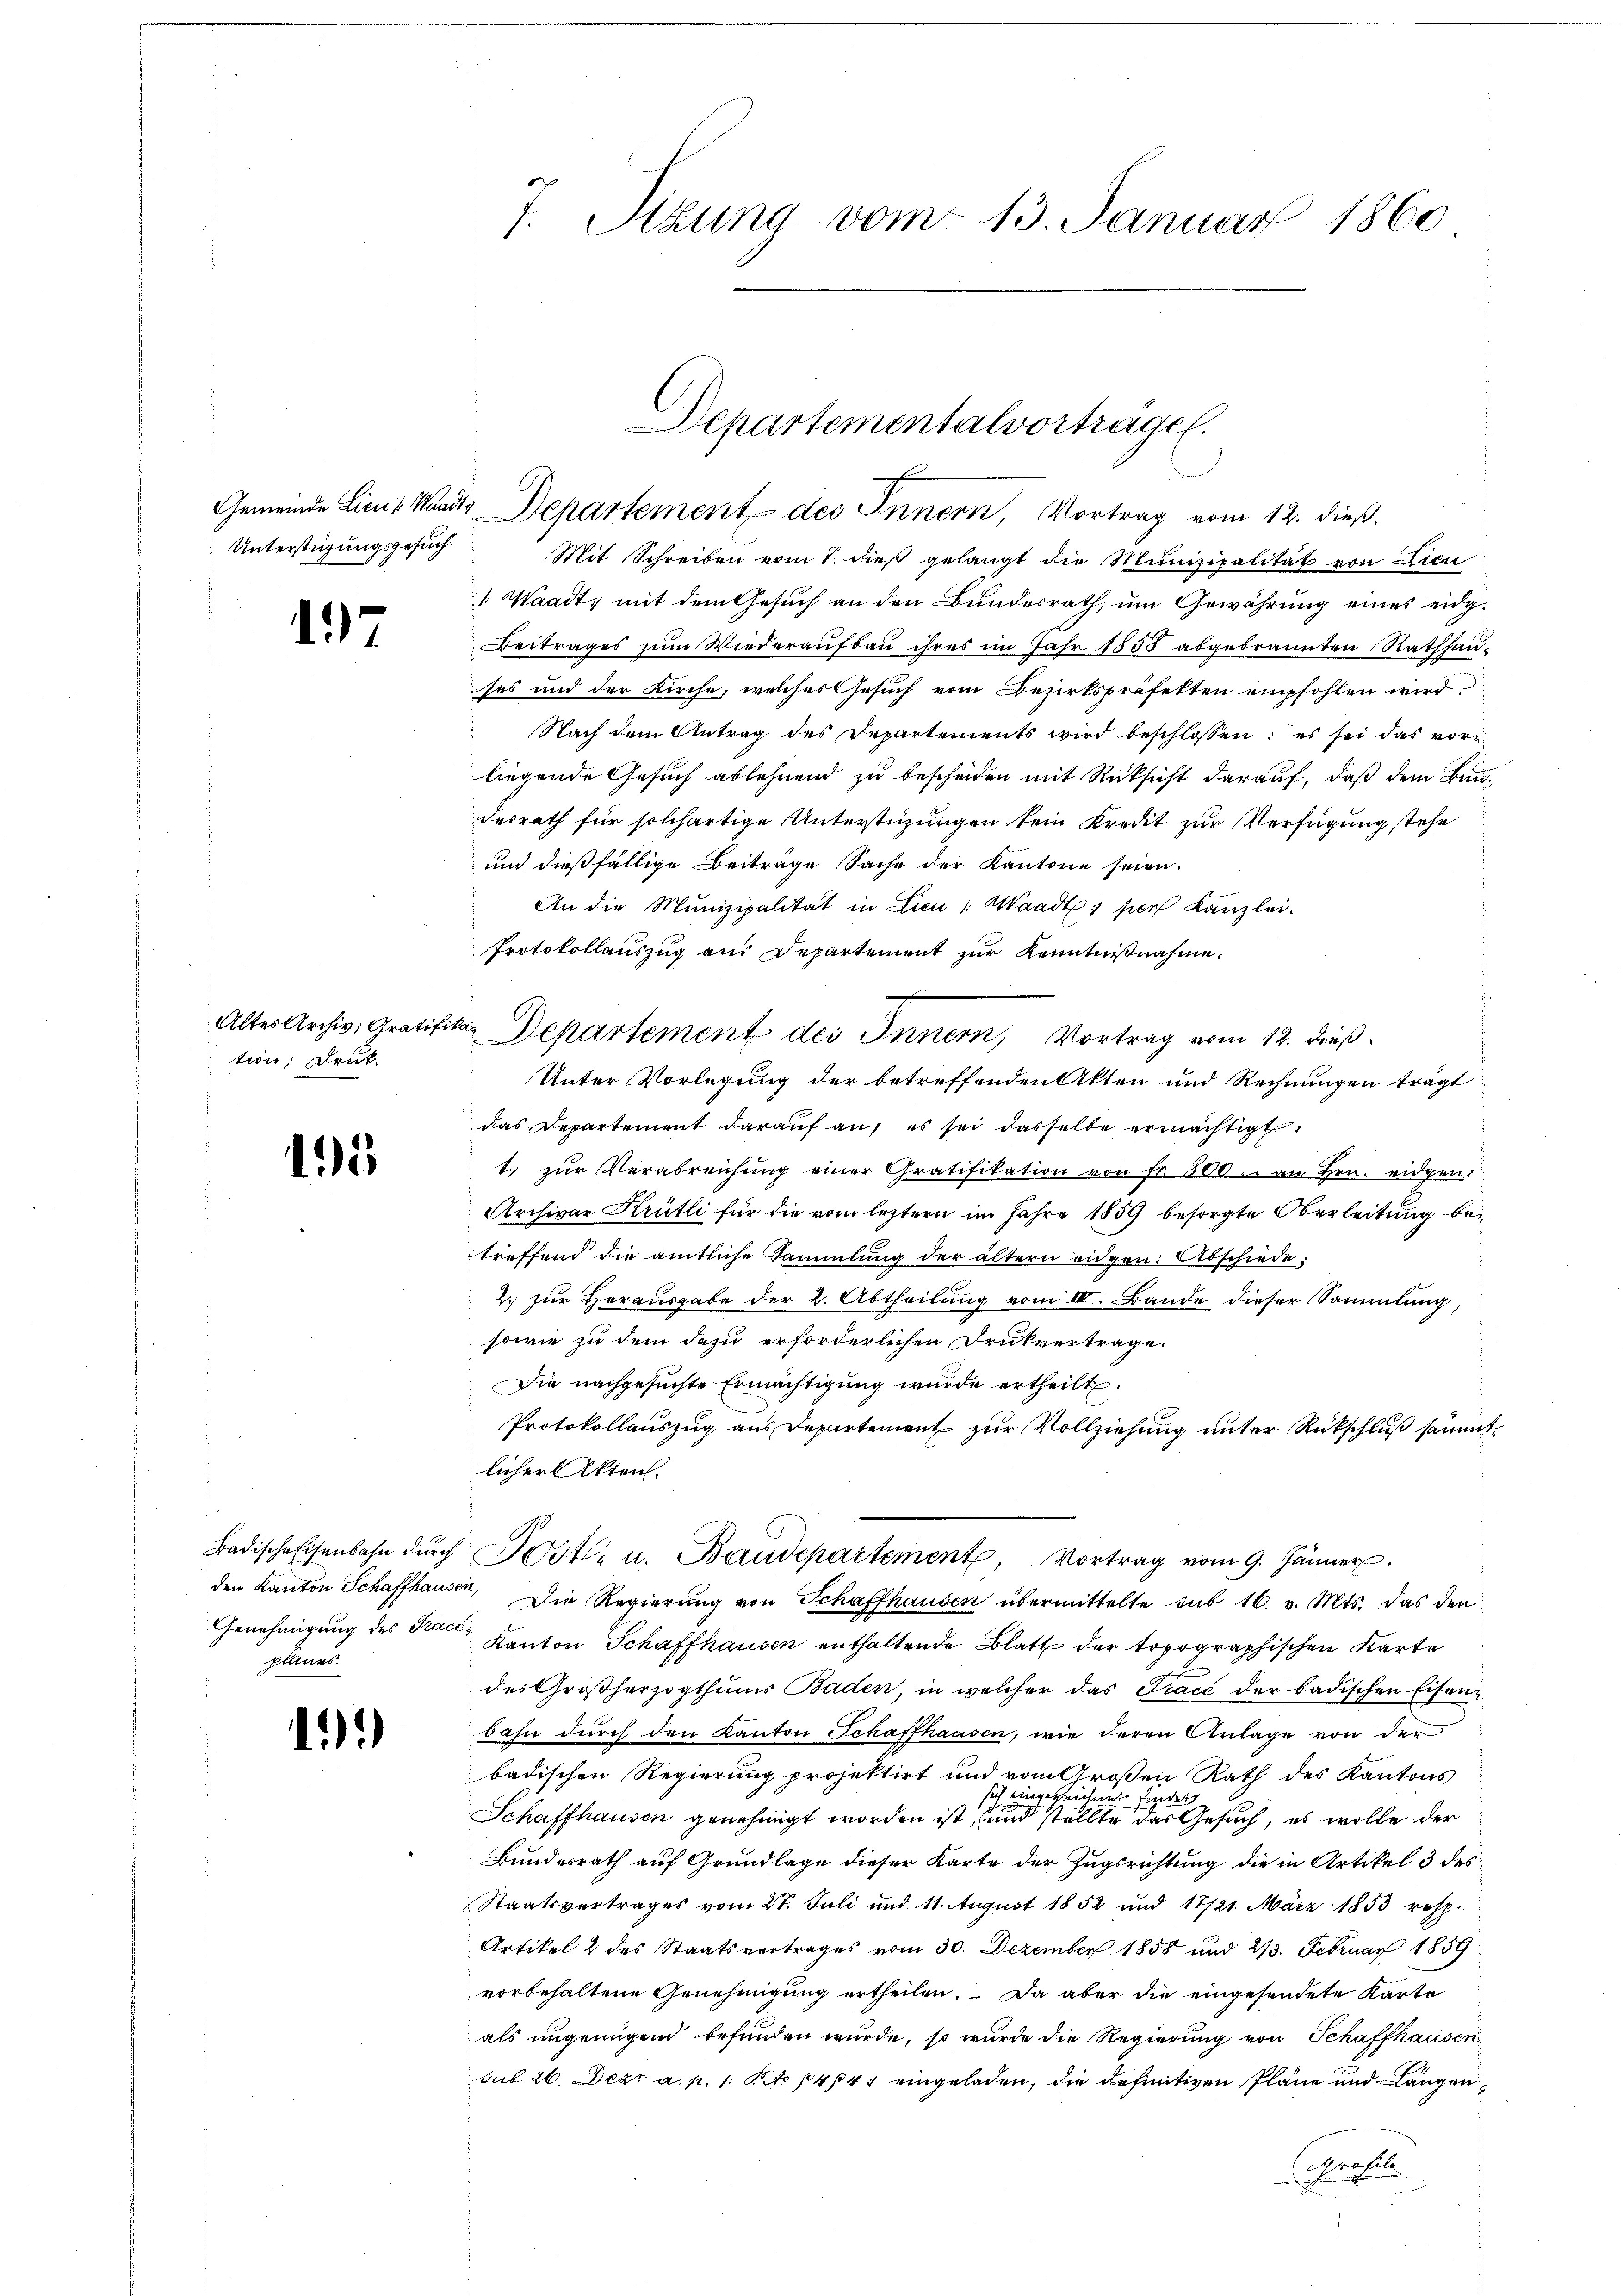
Unterstüzungsgesuch.

197

tion, Deut

195

planes.

1

7. Sizung vom 13. Januar 1860

Gemeinde Lieu, Waadt Departement des Innern, Vortrag vom 12. dieß.
Mit Schreiben vom 7. dieß gelangt die Munizipalität von Lieu
 Waadt, mit dem Gesuch an den Bundesrath, um Gewährung eines eidg¬
Beitrages zum Wiederaufbau ihres im Jahr 1858 abgebrannten Rathhauses und der Kirche, welches Gesuch vom Bezirkspräfekten empfohlen wird.
Nach dem Antrag des Departements wird beschlossen: es sei das vor
liegende Gesuch ablehnend zu bescheiden mit Rücksicht darauf, daß dem Bunderrath für solchartige Unterstüzungen kein Kredit zur Verfügung stehe
und dießfällige Beiträge Sache der Kantone seien.
An die Munizipalität in Licu " Waadt, per Kanzlei.
Protokollauszug aus Departement zur Kenntnißnahme.
Alter Archiv, Gratifikar Departement des Innern, Vortrag vom 12. dieß
Unter Vorlegung der betreffenden Akten und Rechnungen trägt
das Departement darauf an, es sei dasselbe ermächtigt.
1. zŭr Verabreichŭng einer Gratifikation von fr. 800. an Hrn. eidgen.
Archivar Krütli für die vom leztern im Jahre 1859 besorgte Oberleitung bei
treffend die amtliche Sammlung der ältern eidgen. Abschiede;
2. zur Herausgabe der 2. Abtheilung vom III. Bande dieser Sammlung,
sowie zu dem dazu erforderlichen Drukvertrage.
Die nachgesuchte Ermächtigung wurde ertheilt.
Protokollauszug aus Departement zur Vollziehung unter Rückschluß sämmtlicher Akten.
Badische Eisenbahn dŭrch Post- u. Baudepartement, Vortrag vom 9. Jänner
den Kanton Schaffhausen, Die Regierung von Schaffhausen übermittelte sub 16. v. Mts. das den
Genehmigŭng des Pace Kanton Schaffhausen enthaltende Blatt der topographischen Karte
des Großherzogthums Baden, in welcher das Trace der badischen Eisenbahn durch den Kanton Schaffhausen, wie deren Anlage von der
badischen Regierung projektirt und vom Großen Rath des Kantons
sich eingezeichnete findet
Schaffhausen genehmigt worden ist, und stellte das Gesuch, es wolle der
Bundesrath auf Grundlage dieser Karte der Zugsrichtung die in Artikel 3 des
Staatsvertrages vom 27. Juli und 11. August 1852 und 17/21. März 1853 resp.
Artikel 2 des Staatsvertrages vom 30. Dezember 1858 und 213. Februar 1859
vorbehaltene Genehmigung ertheilen. Da aber die eingesendete Karte
als ungenügend befunden wurde, so wurde die Regierung von Schaffhausen
sub 26. Dezr a. p. 1. No 1404 eingeladen, die definitiven Pläne und langen
Arch

Departementalvortragen.